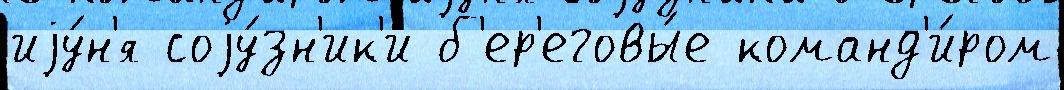
иjу́н'я соjу́зн'ик'и б'ер'еговы́е команд'и́ром